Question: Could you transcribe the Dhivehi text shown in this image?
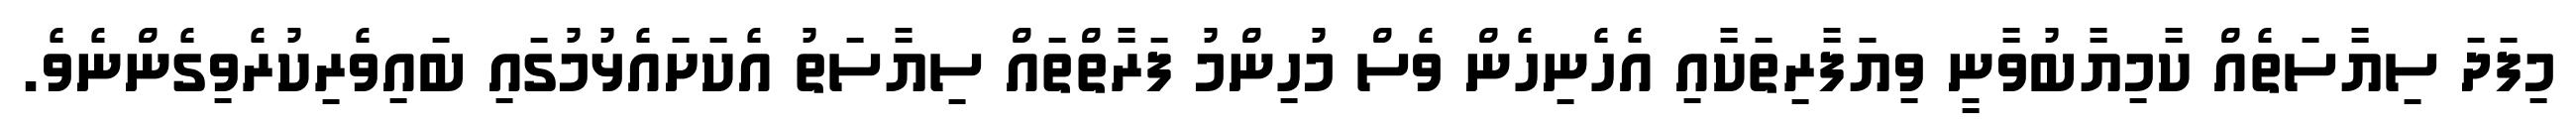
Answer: މިފަދަ ސިޔާސަތެއް ކާމިޔާބުވާނީ ވިޔަފާރިތަކާއި އެހެނިހެން ވެސް މުހިންމު ފަރާތްތައް ސިޔާސަތު އެކަށައެޅުމުގައި ބައިވެރިކުރެވިގެންނެވެ.